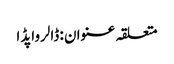
متعلقہ عنوان : ڈالرواپڈا